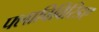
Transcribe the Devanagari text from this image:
फ्लाविविरिडए